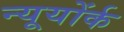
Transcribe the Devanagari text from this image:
न्यूयोंर्क